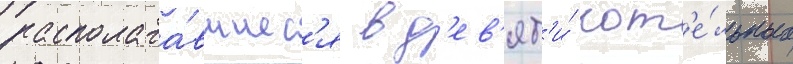
располага́вшиес'я в д'ев'ят'и́ кот'е́льных